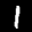
Label: 1